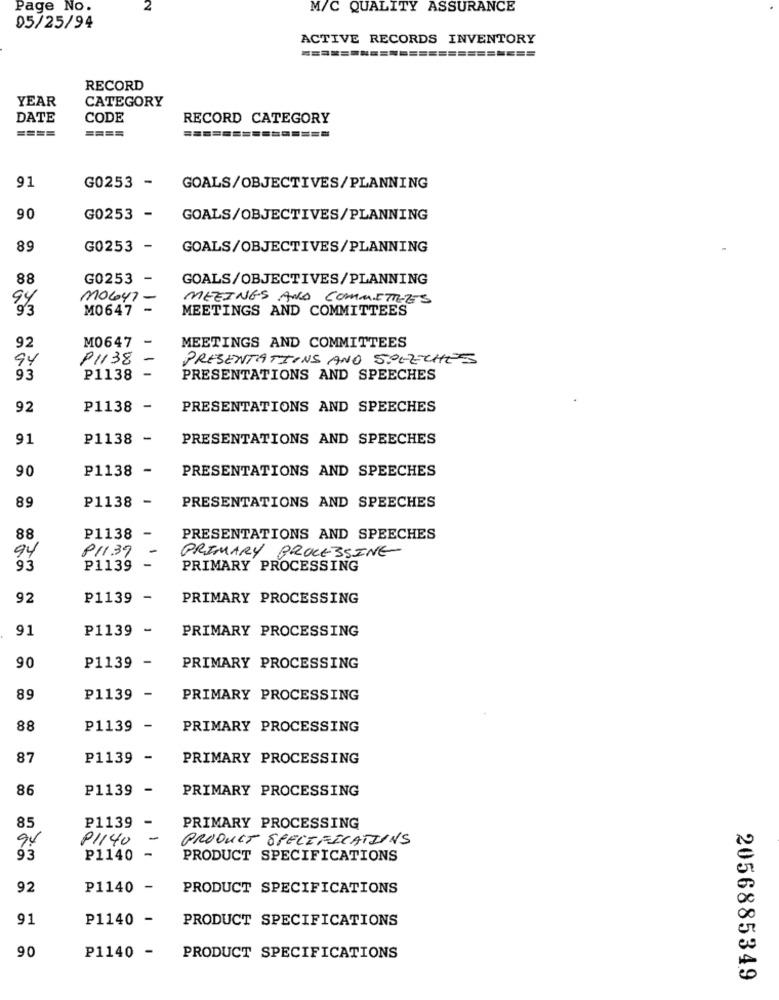
Page No.
M/C QUALITY ASSURANCE
05/25/94
ACTIVE RECORDS INVENTORY
========================
RECORD
YEAR
CATEGORY
DATE
CODE
RECORD CATEGORY
====
91
G0253 - GOALS/OBJECTIVES/PLANNING
90
G0253 -
GOALS/OBJECTIVES/PLANNING
89
G0253 -
GOALS/OBJECTIVES/PLANNING
88
G0253 -
GOALS/OBJECTIVES/PLANNING
94
MOGYI -
MEZINGS AND COMMITTES
93
M0647
-
MEETINGS AND COMMITTEES
-
92
M0647
MEETINGS AND COMMITTEES
94
P1138
-
PRESENTATIONS AND SPEECHES
-
93
P1138
PRESENTATIONS AND SPEECHES
92
P1138 -
PRESENTATIONS AND SPEECHES
91
P1138 -
PRESENTATIONS AND SPEECHES
90
P1138 -
PRESENTATIONS AND SPEECHES
P1138 -
89
PRESENTATIONS AND SPEECHES
88
P1138
PRESENTATIONS AND SPEECHES
94
811.39
PRIMARY PROCESSING
93
P1139
PRIMARY PROCESSING
92
P1139 -
PRIMARY PROCESSING
91
P1139 -
PRIMARY PROCESSING
90
P1139 -
PRIMARY PROCESSING
89
P1139 -
PRIMARY PROCESSING
88
P1139 -
PRIMARY PROCESSING
87
P1139 -
PRIMARY PROCESSING
86
P1139 -
PRIMARY PROCESSING
85
P1139
PRIMARY PROCESSING
94
91140
-
PRODUCT SPECIFICATIONS
93
P1140
-
PRODUCT SPECIFICATIONS
92
P1140 -
PRODUCT SPECIFICATIONS
91
P1140 -
PRODUCT SPECIFICATIONS
90
P1140 -
PRODUCT SPECIFICATIONS
2056885349